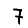
Digit: 7